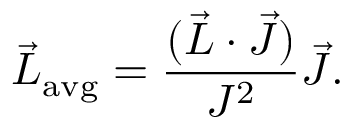
{ \vec { L } } _ { \mathrm { { a v g } } } = { \frac { ( { \vec { L } } \cdot { \vec { J } } ) } { J ^ { 2 } } } { \vec { J } } .